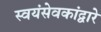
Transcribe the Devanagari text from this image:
स्वयंसेवकांद्वारे